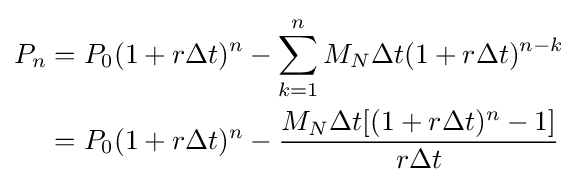
{\begin{aligned}P_{n}&=P_{0}(1+r\Delta t)^{n}-\sum _{k=1}^{n}M_{N}\Delta t(1+r\Delta t)^{n-k}\\&=P_{0}(1+r\Delta t)^{n}-{\dfrac {M_{N}\Delta t[(1+r\Delta t)^{n}-1]}{r\Delta t}}\end{aligned}}